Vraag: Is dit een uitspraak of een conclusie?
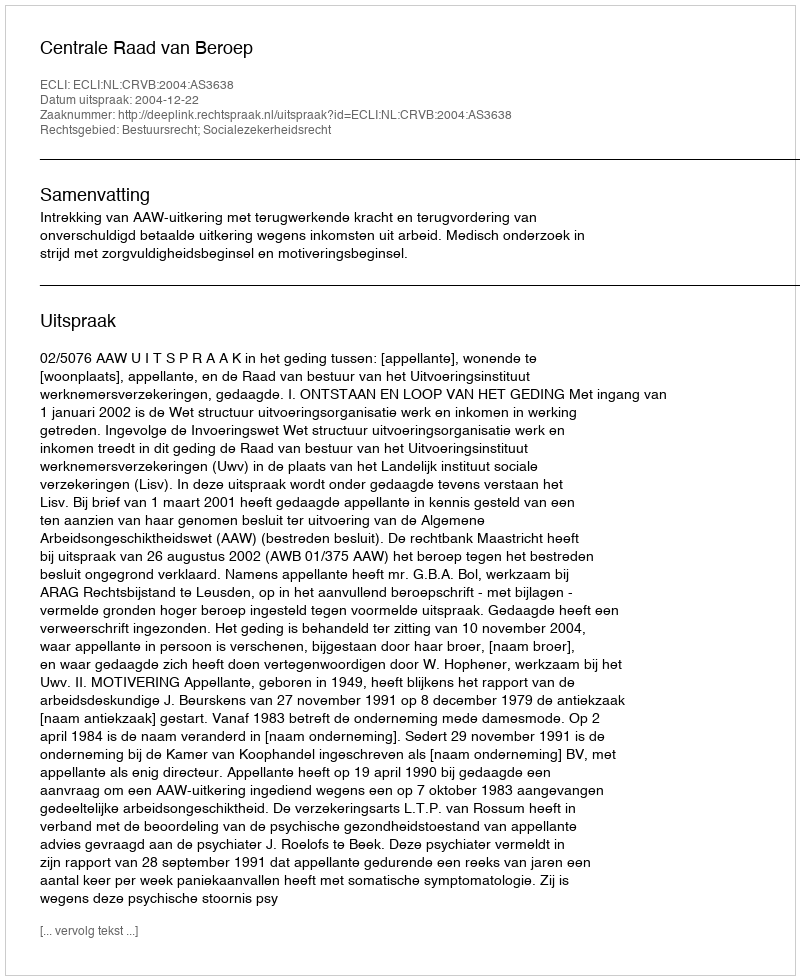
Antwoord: Uitspraak